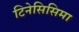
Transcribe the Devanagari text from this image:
टिनेसिसिमा